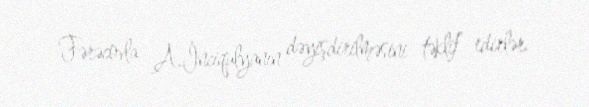
Fərəcovla A.İnciqulyanın dəyişdirilməsini təklif edirlər.